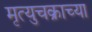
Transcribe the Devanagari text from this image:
मृत्युचक्राच्या